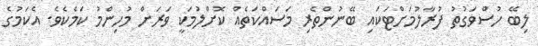
ލިބޭ ހުސްވަގުތު ފުރާލުމަށްޓަކައި ބޭނުންތެރި މަސައްކަތެއް ކޮށްލުމަކީ ވަރަށް މުހިންމު ކަމެކެވެ. އެކަމުގެ